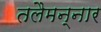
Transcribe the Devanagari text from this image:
तलैमन्‍नार